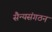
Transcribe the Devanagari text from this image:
सैन्यसंगठन